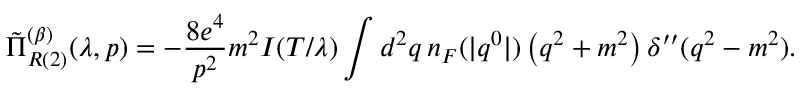
\tilde { \Pi } _ { R { ( 2 ) } } ^ { ( \beta ) } ( \lambda , p ) = - \frac { 8 e ^ { 4 } } { p ^ { 2 } } m ^ { 2 } I ( T / \lambda ) \int d ^ { 2 } q \, n _ { F } ( | q ^ { 0 } | ) \left( q ^ { 2 } + m ^ { 2 } \right) \delta ^ { \prime \prime } ( q ^ { 2 } - m ^ { 2 } ) .